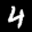
Label: 4